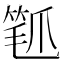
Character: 𬋰